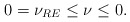
\begin{align*} 0=\nu_{RE}\leq \nu\leq0. \end{align*}